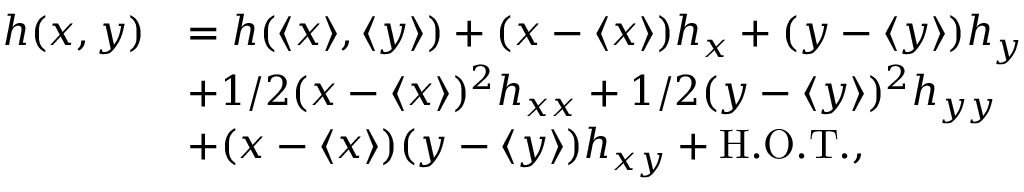
\begin{array} { r l } { h ( x , y ) } & { = h ( \langle x \rangle , \langle y \rangle ) + ( x - \langle x \rangle ) h _ { x } + ( y - \langle y \rangle ) h _ { y } } \\ & { + 1 / 2 ( x - \langle x \rangle ) ^ { 2 } h _ { x x } + 1 / 2 ( y - \langle y \rangle ) ^ { 2 } h _ { y y } } \\ & { + ( x - \langle x \rangle ) ( y - \langle y \rangle ) h _ { x y } + \mathrm { H . O . T . } , } \end{array}